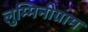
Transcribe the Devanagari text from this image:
लुम्मिनीग्राम